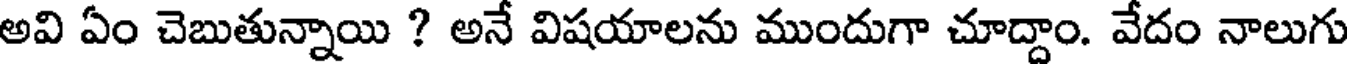
అవి ఏం చెబుతున్నాయి ? అనే విషయాలను ముందుగా చూద్దాం. వేదం నాలుగు